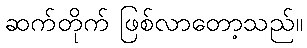
ဆက်တိုက် ဖြစ်လာတော့သည်။